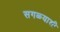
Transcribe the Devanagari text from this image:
सगळ्याशी